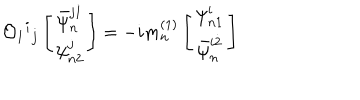
{ \cal O } _ { 1 } { } ^ { i } { } _ { j } \left[ \begin{matrix} { { \bar { \psi } _ { n } ^ { j \dot { 1 } } } } \\ { { \psi _ { n 2 } ^ { j } } } \\ \end{matrix} \right] = - i m _ { n } ^ { ( 1 ) } \left[ \begin{matrix} { { \psi _ { n 1 } ^ { i } } } \\ { { \bar { \psi } _ { n } ^ { i \dot { 2 } } } } \\ \end{matrix} \right]